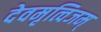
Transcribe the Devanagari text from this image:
देवमृत्विजम्